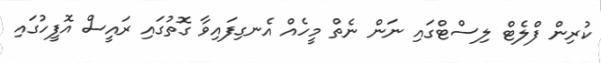
ކުރިން ފްލެޓް ލިސްޓްގައި ނަން ނެތް މީހެއް އެނގިފައިވާ ގޮތުގައި ރައީސް އޮފީހުގައި